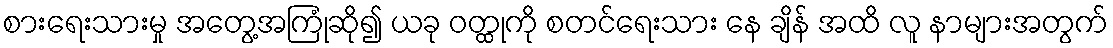
စားရေးသားမှု အတွေ့အကြုံဆို၍ ယခု ဝတ္ထုကို စတင်ရေးသား နေ ချိန် အထိ လူ နာများအတွက်